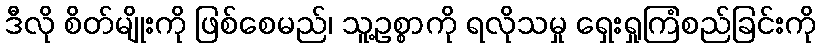
ဒီလို စိတ်မျိုးကို ဖြစ်စေမည်၊ သူ့ဥစ္စာကို ရလိုသမှု ရှေးရှုကြံစည်ခြင်းကို